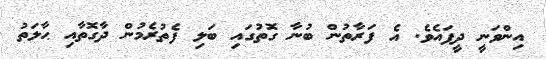
އިންވަނީ ދީފައެވެ. އެ ފަރާތުން ބުނާ ގޮތުގައި ބަލި ފެތުރެމުން ދާގޮތާއި ޙާލަތު